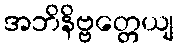
အဘိနိဗ္ဗတ္တေယျ